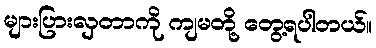
များပြားလှတာကို ကျမတို့ တွေ့ရပါတယ်။